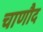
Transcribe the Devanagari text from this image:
चाणौद